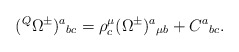
\begin{align*}({}^Q\Omega^\pm)^a{}_{bc}=\rho^\mu_c(\Omega^\pm)^a{}_{\mu b}+C^a{}_{bc}.\end{align*}